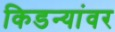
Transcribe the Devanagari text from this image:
किडन्यांवर